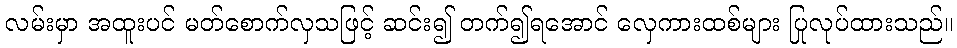
လမ်းမှာ အထူးပင် မတ်စောက်လှသဖြင့် ဆင်း၍ တက်၍ရအောင် လှေကားထစ်များ ပြုလုပ်ထားသည်။